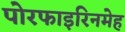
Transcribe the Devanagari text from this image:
पोरफाइरिनमेह